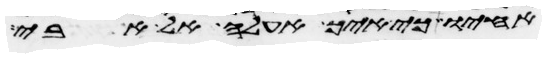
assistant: אחיו כי איך אעלה אל אבי